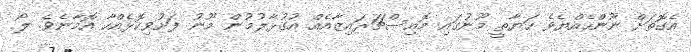
އެގޮތަށް ނޫންހެއްޔެވެ ހަޔާތީ މޫނުގައި މޮއިސްޗަރައިޒާއެއް އުގުޅާލުމުން މޫނު ފަށުވިކޮޅެއްހާ އޮމާނެވެ. ލޯ